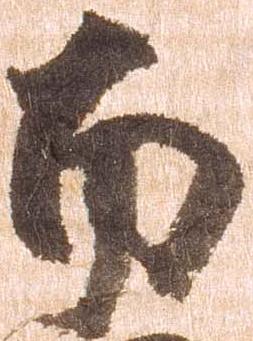
南